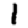
Digit: 1